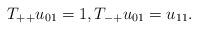
LaTeX: \begin{align*} T_{++}u_{01} = 1, T_{-+} u_{01} = u_{11}. \end{align*}